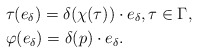
\begin{align*}&\tau (e_{\delta})=\delta (\chi (\tau))\cdot e_{\delta},\tau \in \Gamma,\\&\varphi (e_{\delta})=\delta (p)\cdot e_{\delta}.\end{align*}